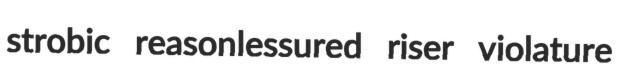
strobic reasonlessured riser violature